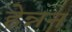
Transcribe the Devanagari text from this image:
हेन्नन